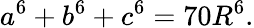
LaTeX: a^{6}+b^{6}+c^{6}=70R^{6}.